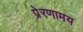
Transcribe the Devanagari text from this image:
प्रेरणामय